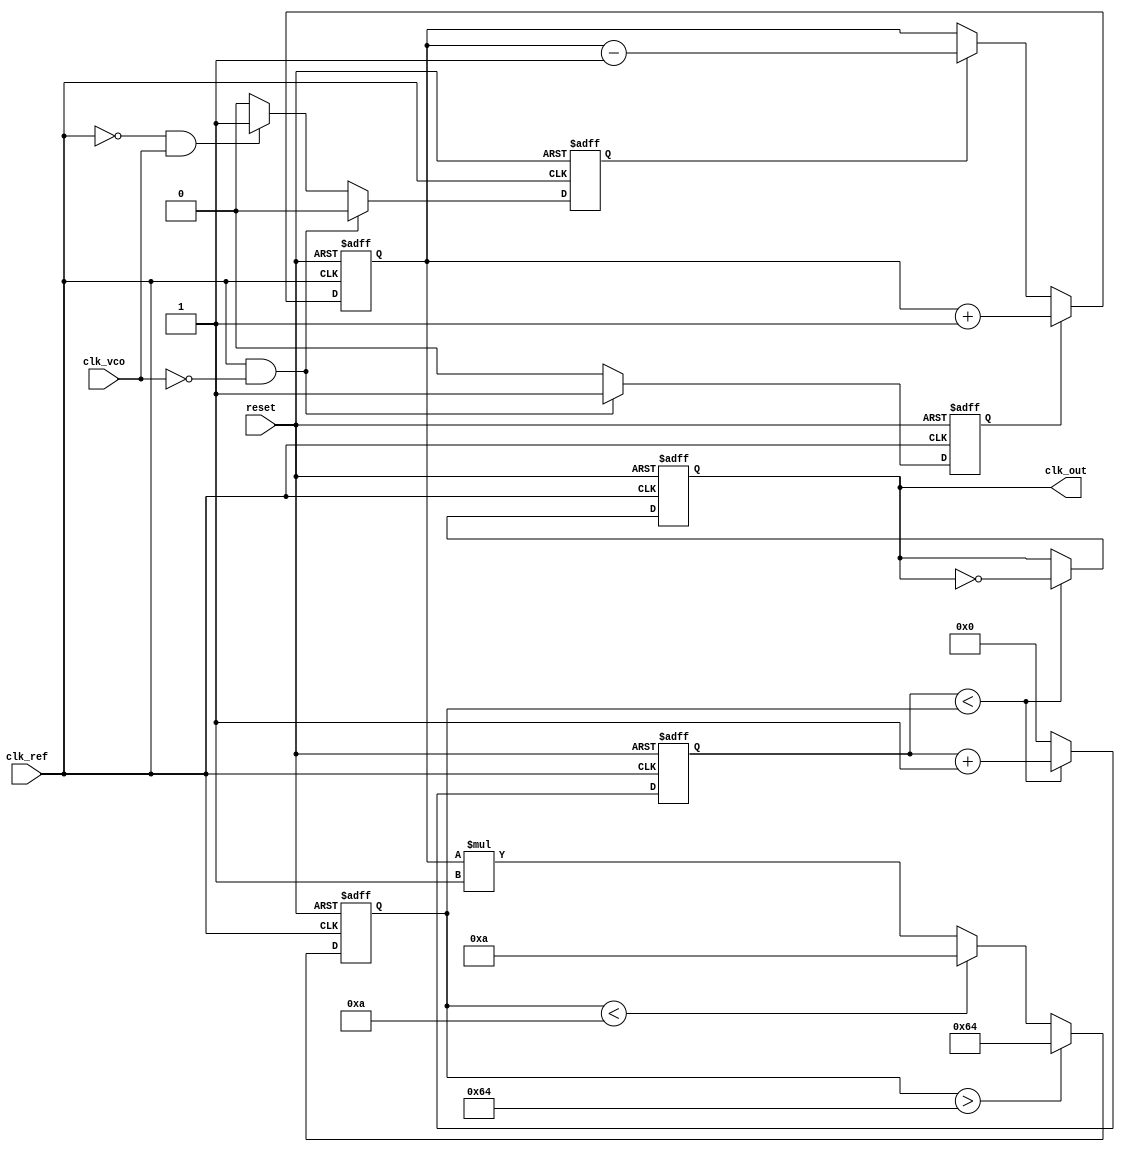
module cp_pll (
    input wire clk_ref,        // Reference clock input
    input wire clk_vco,        // VCO clock output (feedback)
    input wire reset,          // Asynchronous reset
    output reg clk_out         // Output clock (VCO output)
);

// Parameters
parameter VCO_MAX_FREQ = 100; // Maximum frequency of VCO
parameter VCO_MIN_FREQ = 10;   // Minimum frequency of VCO
parameter K_CP = 1;            // Charge pump gain
parameter K_LF = 1;            // Loop filter gain

// Internal signals
reg up, down;                  // PFD outputs
reg [7:0] control_voltage;     // Control voltage for VCO
reg [7:0] vco_freq;           // VCO frequency
reg [7:0] vco_output;         // VCO output frequency

// Phase Frequency Detector (PFD)
always @(posedge clk_ref or posedge reset) begin
    if (reset) begin
        up <= 0;
        down <= 0;
    end else begin
        if (clk_ref && !clk_vco) begin
            up <= 1;   // Reference clock is ahead
            down <= 0;
        end else if (!clk_ref && clk_vco) begin
            up <= 0;
            down <= 1; // VCO clock is ahead
        end else begin
            up <= 0;
            down <= 0; // No phase difference
        end
    end
end

// Charge Pump (CP)
always @(posedge clk_ref or posedge reset) begin
    if (reset) begin
        control_voltage <= 0;
    end else begin
        if (up) begin
            control_voltage <= control_voltage + K_CP; // Increase control voltage
        end else if (down) begin
            control_voltage <= control_voltage - K_CP; // Decrease control voltage
        end
    end
end

// Loop Filter (LF) - Simple first-order filter
always @(posedge clk_ref or posedge reset) begin
    if (reset) begin
        vco_freq <= VCO_MIN_FREQ; // Initialize VCO frequency
    end else begin
        vco_freq <= control_voltage * K_LF; // Filtered control voltage
        if (vco_freq > VCO_MAX_FREQ) begin
            vco_freq <= VCO_MAX_FREQ; // Limit to max frequency
        end else if (vco_freq < VCO_MIN_FREQ) begin
            vco_freq <= VCO_MIN_FREQ; // Limit to min frequency
        end
    end
end

// Voltage-Controlled Oscillator (VCO)
always @(posedge clk_ref or posedge reset) begin
    if (reset) begin
        clk_out <= 0;
        vco_output <= 0;
    end else begin
        // Generate VCO output based on frequency
        // This is a simplified representation of VCO behavior
        if (vco_output < vco_freq) begin
            clk_out <= ~clk_out; // Toggle output clock
            vco_output <= vco_output + 1; // Increment output frequency
        end else begin
            vco_output <= 0; // Reset output frequency
        end
    end
end

endmodule